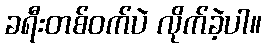
ခရီးတစ်ဝက်ပဲ လိုက်ခဲ့ပါ။